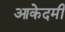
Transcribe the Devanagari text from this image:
आकेदमी